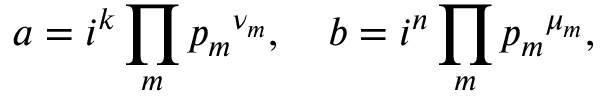
a = i ^ { k } \prod _ { m } { p _ { m } } ^ { \nu _ { m } } , \quad b = i ^ { n } \prod _ { m } { p _ { m } } ^ { \mu _ { m } } ,